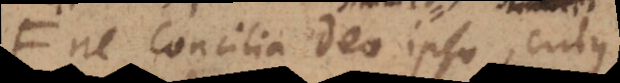
ne Concilia Deo ipso, cujus